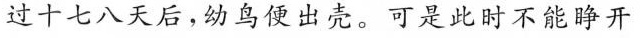
过十七八天，幼鸟便出壳。可是此时不能睁开